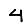
Digit: 4